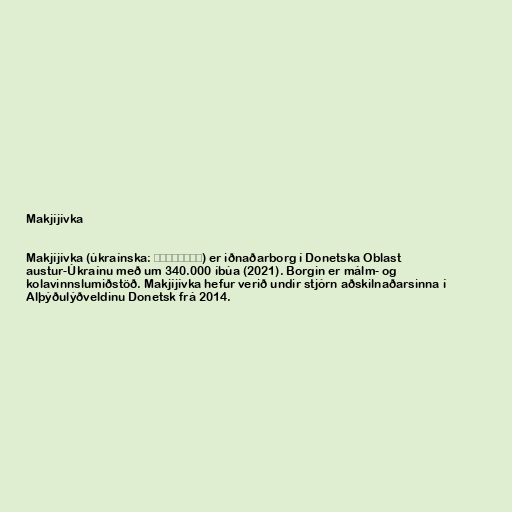
Makjíjívka

Makjíjívka (úkraínska: Макіївка) er iðnaðarborg í Donetska Oblast
austur-Úkraínu með um 340.000 íbúa (2021). Borgin er málm- og
kolavinnslumiðstöð. Makjíjívka hefur verið undir stjórn aðskilnaðarsinna í
Alþýðulýðveldinu Donetsk frá 2014.